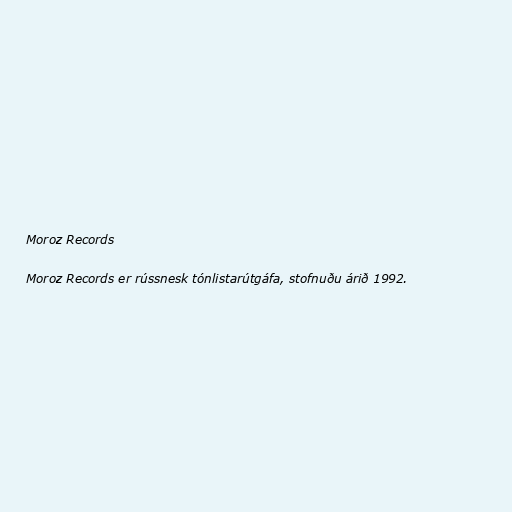
Moroz Records

Moroz Records er rússnesk tónlistarútgáfa, stofnuðu árið 1992.